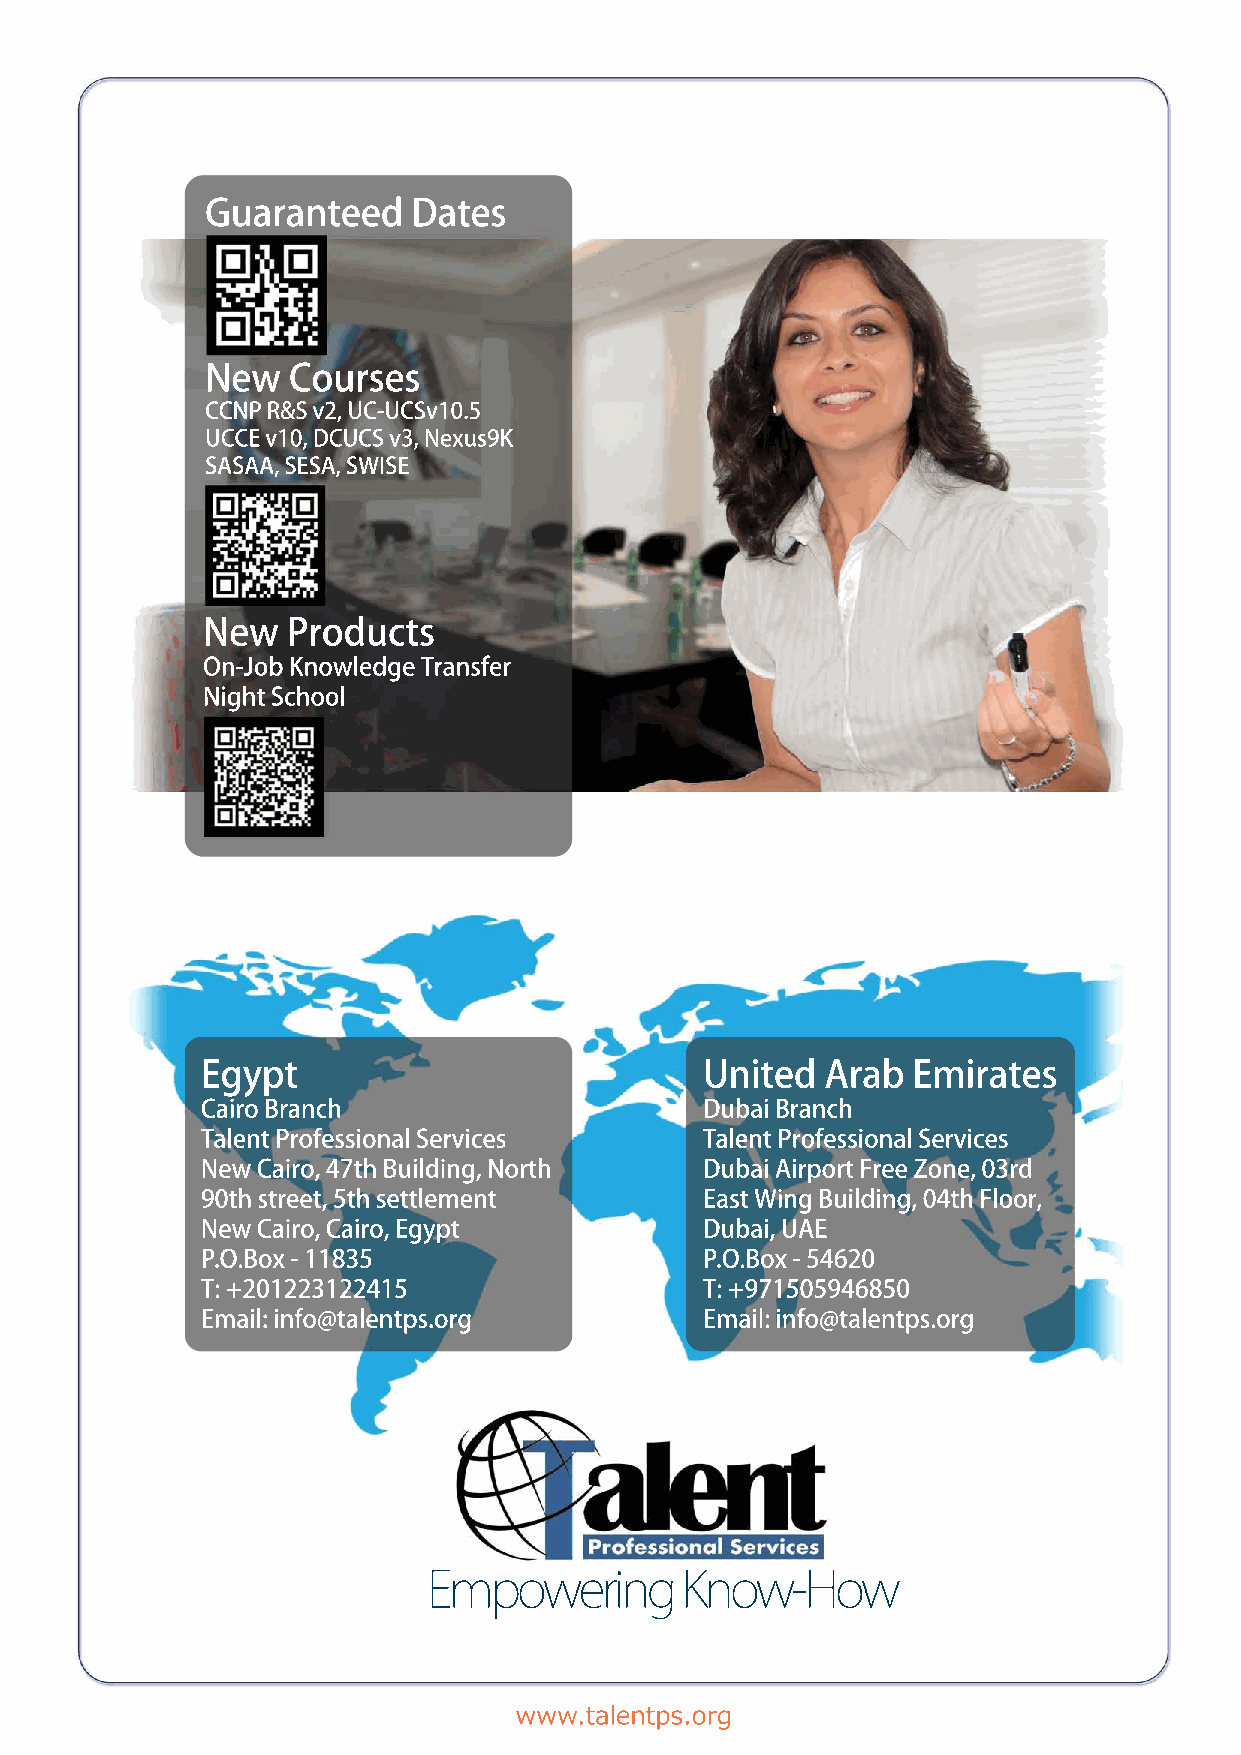
Guaranteed   Dates
 New  Courses
 CCNP R&S v2, UC-UCSv10.5
 UCCE v10, DCUCS v3, Nexus9K
 SASAA, SESA, SWISE
 New   Products
 On-Job Knowledge Transfer
 Night School
 Egypt                             United  Arab Emirates
 Cairo Branch                      Dubai Branch
 Talent Professional Services      Talent Professional Services
 New Cairo, 47th Building, North   Dubai Airport Free Zone, 03rd
 90th street, 5th settlement       East Wing Building, 04th Floor,
 New Cairo, Cairo, Egypt           Dubai, UAE
 PP..OO..BBooxx -- 1111883355      PP..OO..BBooxx -- 5544662200
 T: +201223122415                  T: +971505946850
 Email: info@talentps.org          Email: info@talentps.org
 Empowering       Know-How
 www.talentps.org